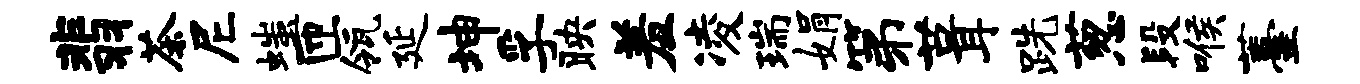
翡茶尼嗤匝瓴延坤孚映羞凌瑞娟第葺跣葱段喉薹